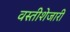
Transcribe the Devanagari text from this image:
वस्तीशेजारी